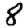
Digit: 8